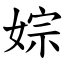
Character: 婃